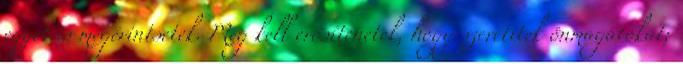
egyet is megérintsetek. Meg kell erősítenetek, hogy szeretitek önmagatokat;